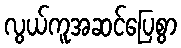
လွယ်ကူအဆင်ပြေစွာ